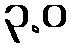
၃.ဝ